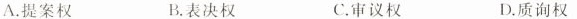
A.提案权 B.表决权 C.审议权 D.质询权